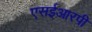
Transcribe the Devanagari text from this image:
एसईआरपी